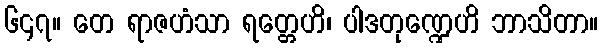
၆၄၇။ တေ ရာဇဟံသာ ရတ္တေဟိ၊ ပါဒတုဏ္ဍေဟိ ဘာသိတာ။